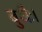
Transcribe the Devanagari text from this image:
बुधैः।